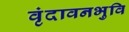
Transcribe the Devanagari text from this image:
वृंदावनभुवि